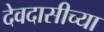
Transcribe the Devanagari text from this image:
देवदासीच्या